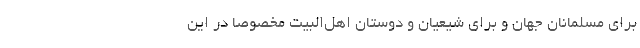
برای مسلمانان جهان و برای شیعیان و دوستان اهل‌البیت مخصوصاً در این